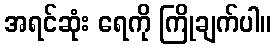
အရင်ဆုံး ရေကို ကြိုချက်ပါ။